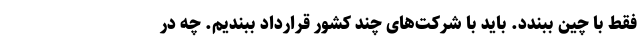
فقط با چین ببندد. باید با شرکت‌های چند کشور قرارداد ببندیم. چه در